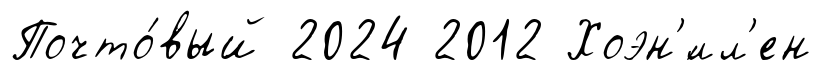
Почто́вый 2024 2012 Хоэн'́лл'ен